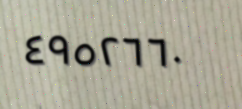
٤٩٥٢٦٦٠